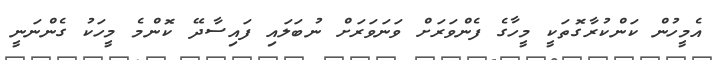
އެމީހުން ކަންކުރާގޮތަކީ މީހާގެ ފެންވަރަށް ވަނަވަރަށް ނުބަލައި ފައިސާދޭ ކޮންމެ މީހަކު ގެންނަނީ